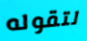
لتقوله